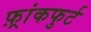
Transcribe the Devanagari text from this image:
फ़्रांकफुर्ट